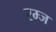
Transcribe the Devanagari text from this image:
रम्ज